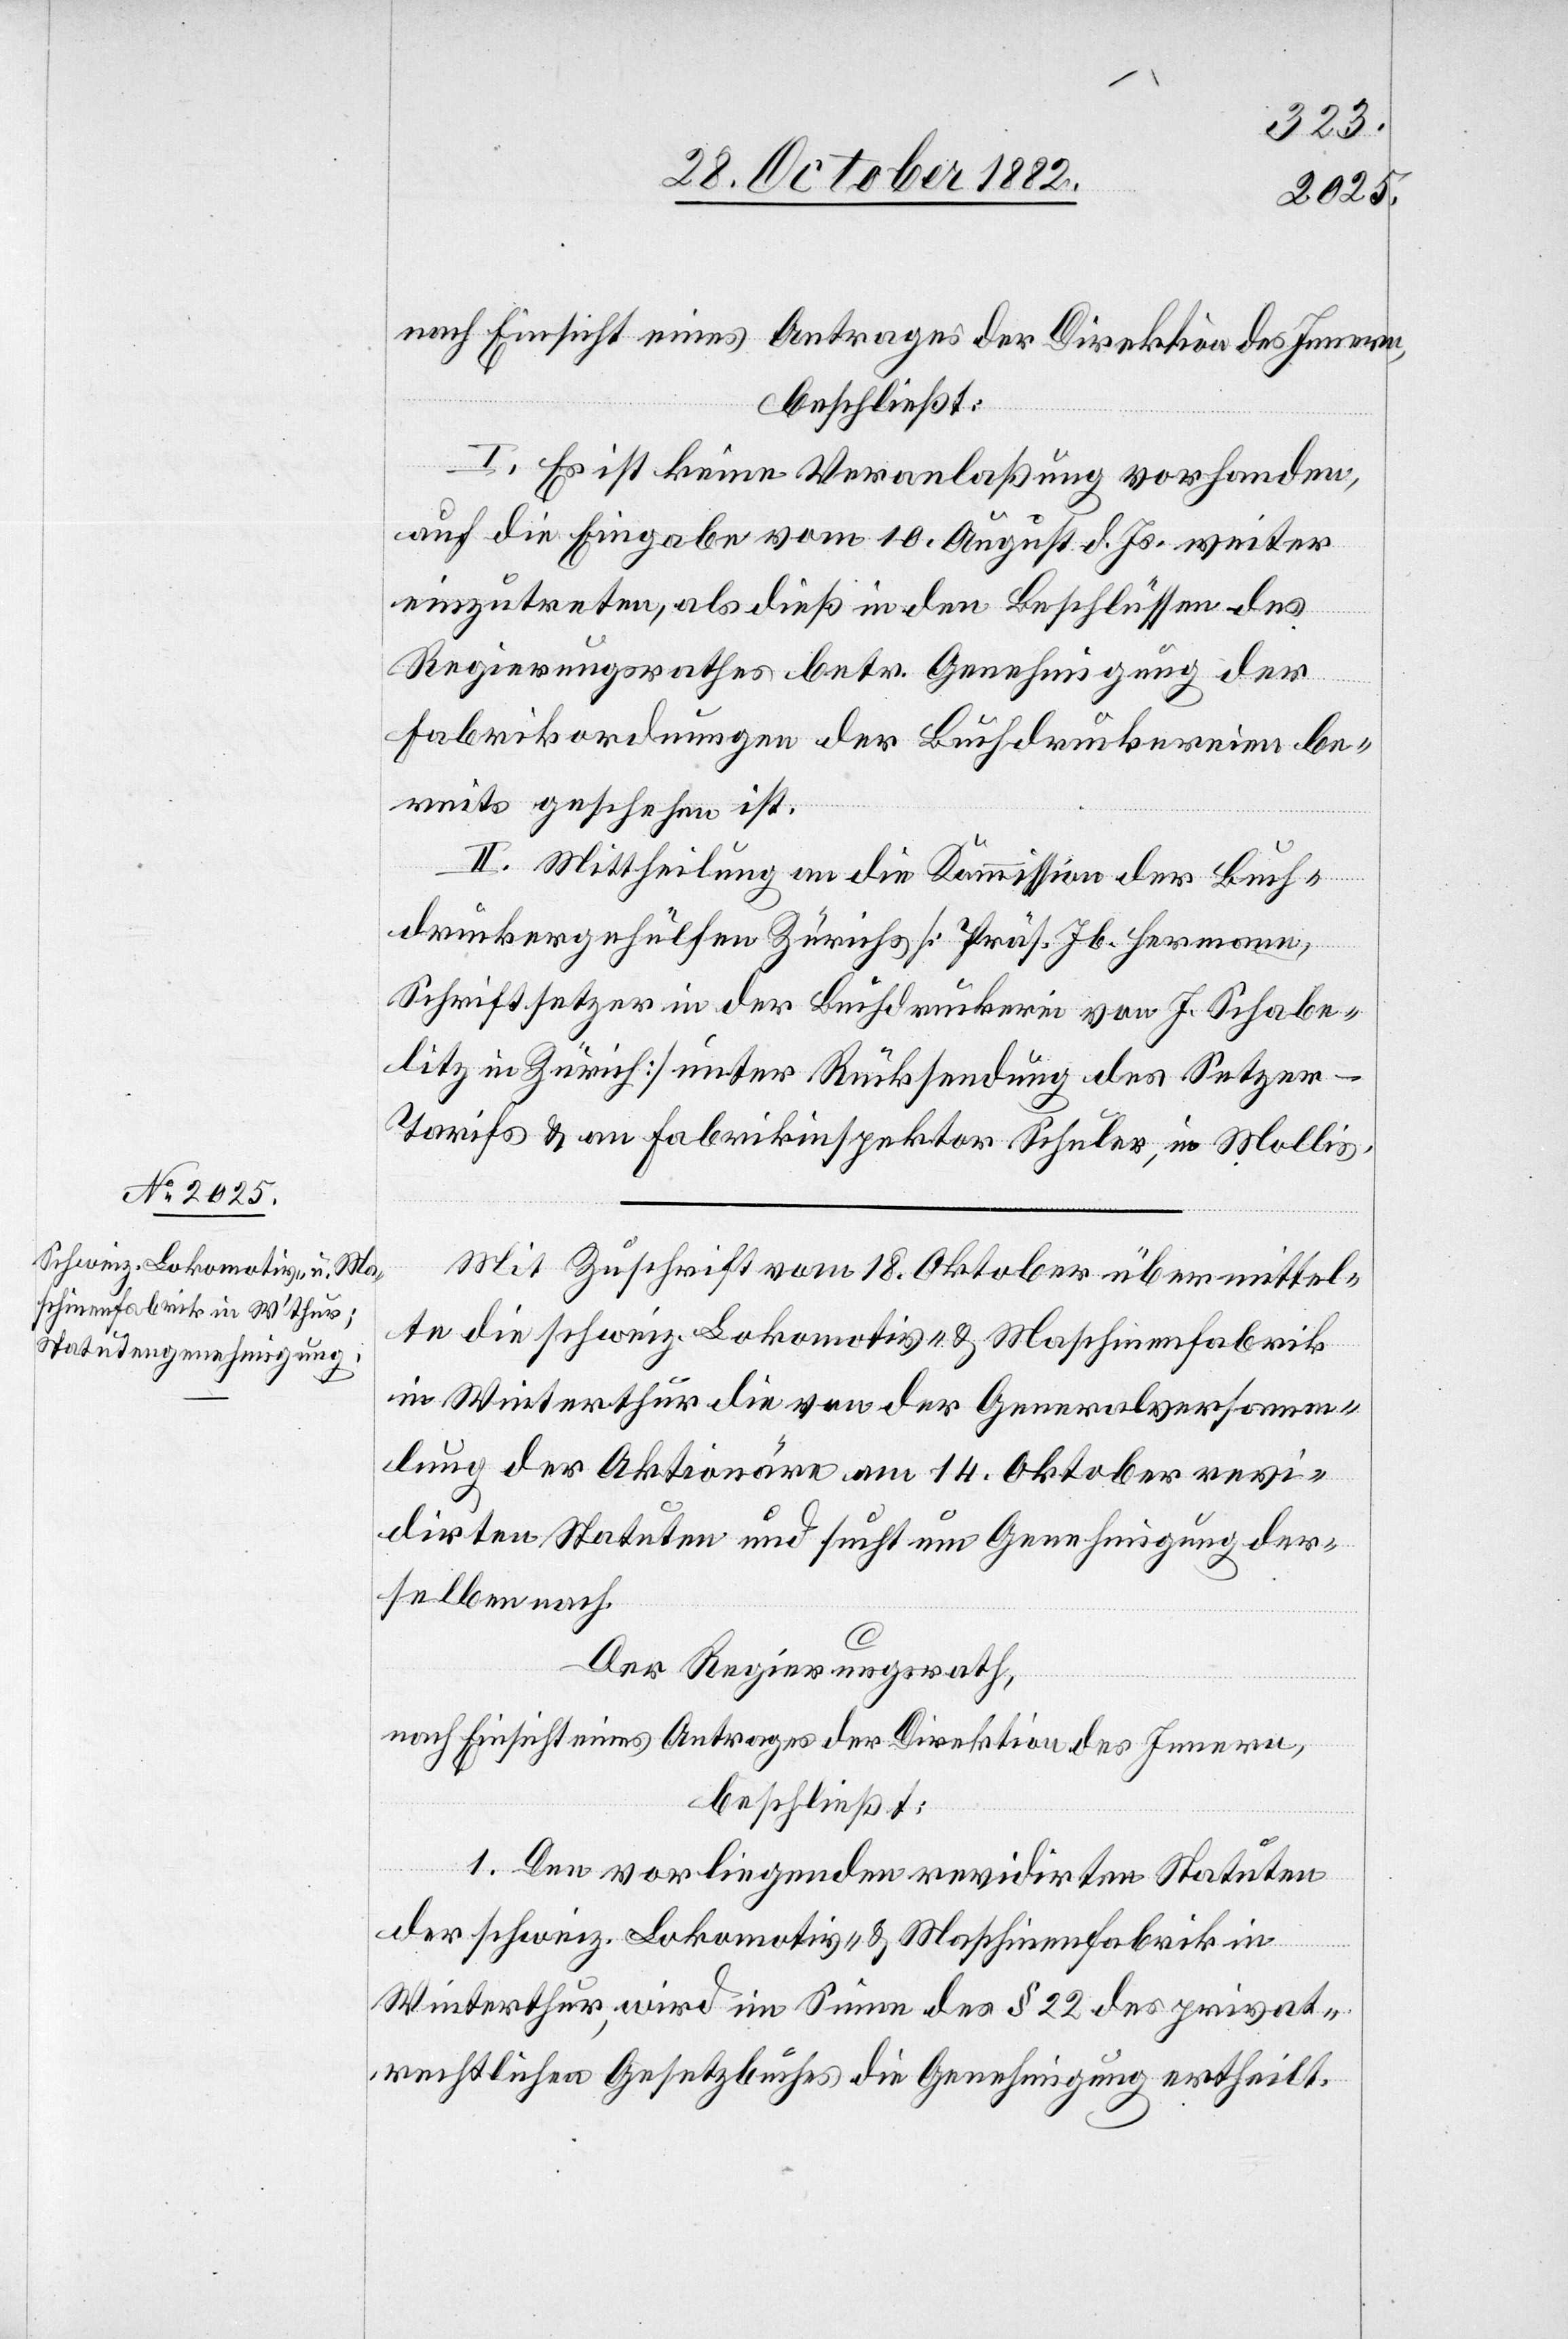
I. Es ist keine Veranlaßung vorhanden,
auf die Eingabe vom 10. August d. Js. weiter
einzutreten, als dieß in den Beschlüssen des
Regierungsrathes betr. Genehmigung der
Fabrikordnungen der Buchdruckereien be¬
reits geschehen ist.
II. Mittheilung an die Kommission der Buch¬
druckergehülfen Zürichs [Präs. Jb. Hermann,
Schriftsetzer in der Buchdruckerei von J. Schabe¬
litz in Zürich] unter Rücksendung des Setzer-T¬
arifs & an Fabrikinspektor Schuler, in Mollis.
Mit Zuschrift vom 18. Oktober übermittel¬
te die schweiz. Lokomotiv- & Maschinenfabrik
in Winterthur die von der Generalversamm¬
lung der Aktionäre am 14. Oktober revi¬
dirten Statuten und sucht um Genehmigung der¬
selben nach.
Der Regierungsrath,
nach Einsicht eines Antrages der Direktion des Innern,
beschließt:
1. Den vorliegenden revidirten Statuten
der schweiz. Lokomotiv- & Maschinenfabrik in
Winterthur, wird im Sinne des § 22 des privat¬
rechtlichen Gesetzbuches die Genehmigung ertheilt.